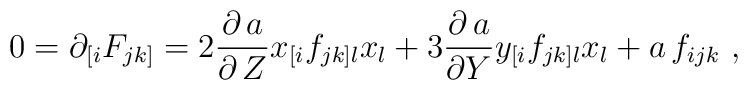
0=\partial_{[i} F_{jk]}=2\frac{\partial \, a}{\partial \,  Z}       x_{[i}f_{jk]l}x_l+        3 \frac{\partial \, a}{\partial Y} y_{[i} f_{jk]l} x_l       +a \, f_{ijk} \  ,